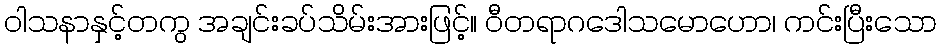
ဝါသနာနှင့်တကွ အချင်းခပ်သိမ်းအားဖြင့်။ ဝီတရာဂဒေါသမောဟော၊ ကင်းပြီးသော